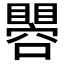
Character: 𱳌